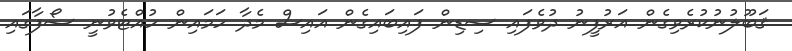
ޤަބޫލުނުކުރެވިގެން އަރުފީނު ދުވެފައި ސިޑިން ފައިބައިގެން އައިސް މެދާ ހަމައިން ހުއްޓެވުނީ ސޯފާގައި